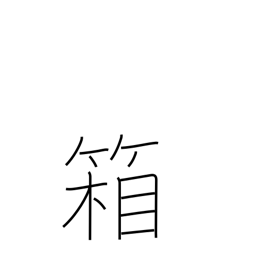
Meaning: box